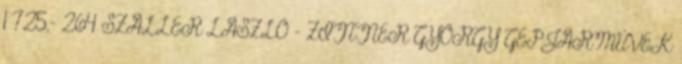
1 725,- 264 SZALLER LÁSZLÓ – ZINNER GYÖRGY GÉPJÁRMŰVEK